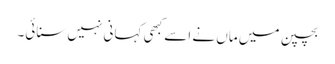
بچپن میں ماں نے اسے کبھی کہانی نہیں سنائی۔